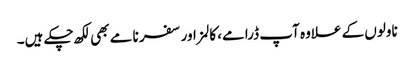
ناولوں کے علاوہ آپ ڈرامے، کالمز اور سفر نامے بھی لکھ چکے ہیں۔